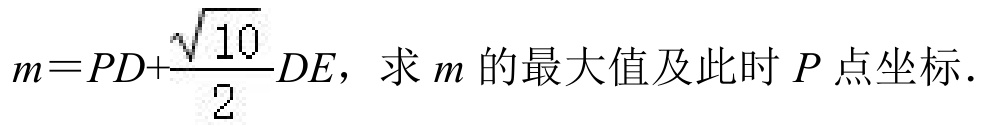
\(m = PD+\dfrac{\sqrt{10}}{2}DE\)，求\(m\)的最大值及此时\(P\)点坐标．